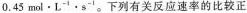
0 . 4 5 $$mml\cdot L^{-1}\cdot s^{-1}。下列有关反应速率的比较正